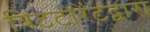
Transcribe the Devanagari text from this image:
बिटटोरेंटद्वारा